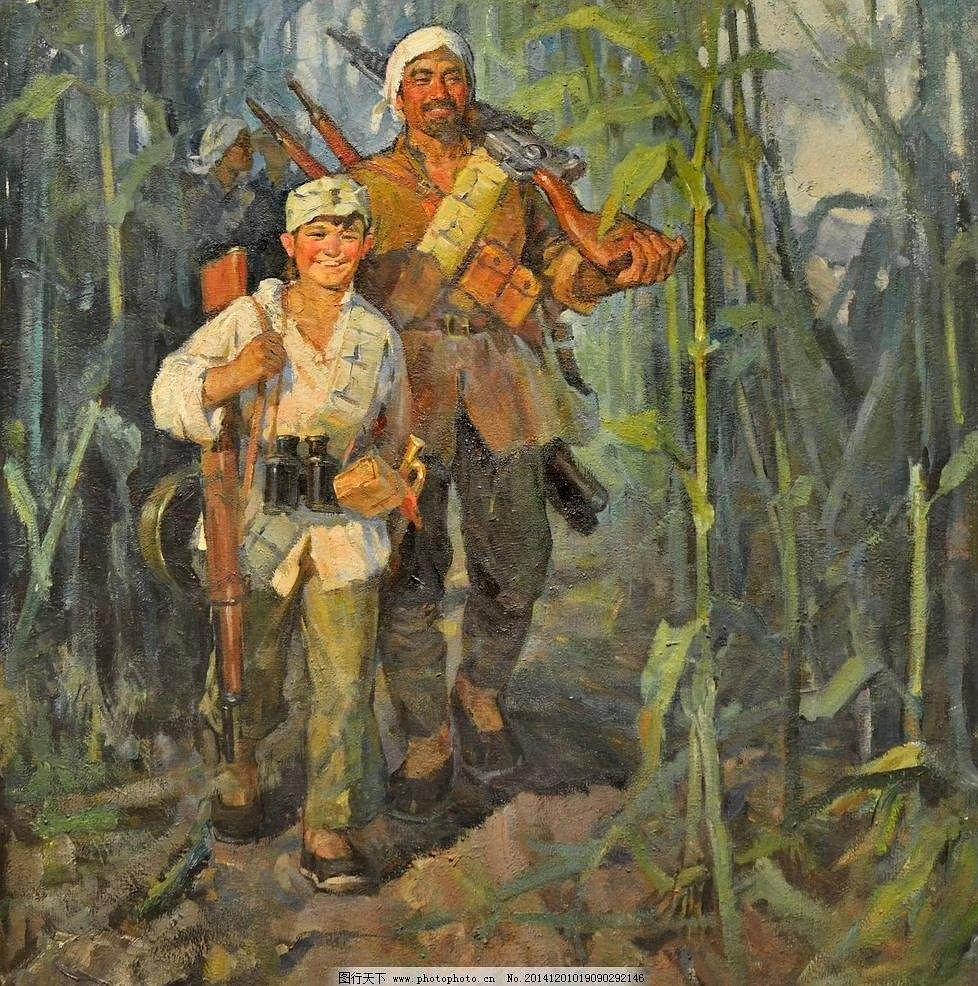
良农不为水旱不耕，良贾不为折阅不市。